system: You are a helpful assistant.
user:
Analyze the provided spectrum to determine if it is a **M-type Giant (gM)**.

A M-type Giant spectrum is defined by its **strong molecular absorption** features, particularly from **Titanium Oxide (TiO)**. You must check for one of the following mutually exclusive signatures:

- **Key Visual Indicators (Absorption-Dominated Spectrum):**

    - **(Primary):** The spectrum is dominated by strong molecular absorption from **Titanium Oxide (TiO)**. This is the **defining feature** of its M-type temperature class.
        - **(Key Bandheads):** Look for sharp, "saw-tooth" absorption valleys. The strongest are located near **~7050 Å**, **~6160 Å**, and **~5170 Å**.
        - **(Line Profile):** The "saw-tooth" morphology is critical: a **sharp, steep drop on the BLUE (short-wavelength) side** of the bandhead, followed by a gradual recovery (rising flux) towards the RED (long-wavelength) side.

    - **(Key Confirmation - Giant vs. Dwarf):** **ABSENCE** of strong **Calcium Hydride (CaH)** molecular bands. This is the primary diagnostic for *excluding* M-dwarfs.
        - **(Key Region):** The spectrum should lack the strong, broad absorption band seen in dwarfs between **~6800 Å and ~7000 Å**.

    - **(Secondary Confirmation - Giant):** A very strong and broad **Neutral Calcium (Ca I)** atomic absorption line.
        - **(Key Line):** Located at **~4226 Å**. In a giant (gM), this line is significantly deeper and broader than the same line in an M-dwarf (dM) due to low surface gravity.

    - **(Overall Spectrum):**
        - The continuum is **extremely red-sloping** (i.e., flux is very low in the blue and rises dramatically towards the red).
        - The entire spectrum appears "chopped up" by the deep TiO bands.

Think first, call **spectral_visualization_tool** if needed to examine features in detail, then provide your final answer. Your response must adhere to the following strict rules:
1.  **Overall Structure:** Your response must follow the format `<think>...</think> <tool_call>...</tool_call> (if a tool is used) <answer>...</answer>`.
2.  **Tool Usage Constraint:** You may only make **one** tool call per turn.
3.  **Final Answer Format:** In the `<answer>` tag, your conclusion must be inside a `\boxed{}` command (e.g., `\boxed{YES}` or `\boxed{NO}`), followed by your justification.

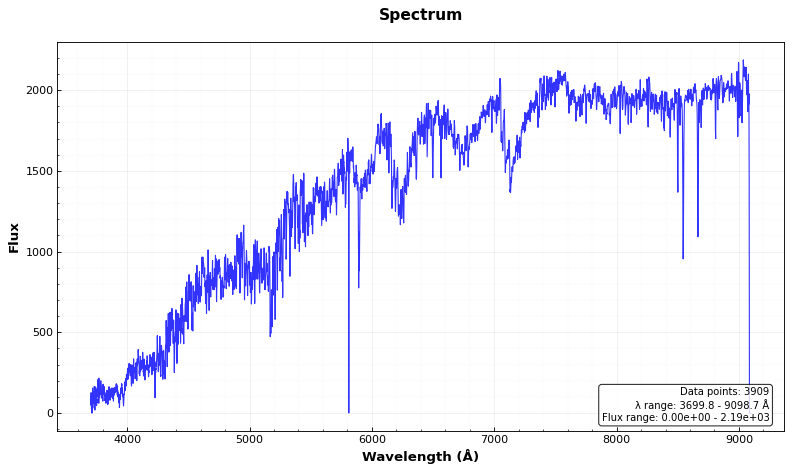
Answer: YES